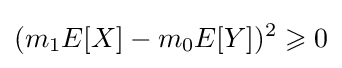
(m_{1}E[X]-m_{0}E[Y])^{2}\geqslant 0